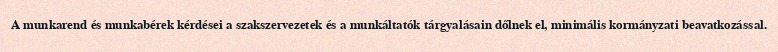
A munkarend és munkabérek kérdései a szakszervezetek és a munkáltatók tárgyalásain dőlnek el, minimális kormányzati beavatkozással.